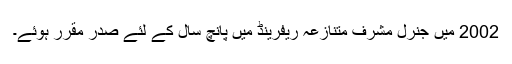
2002 میں جنرل مشرف متنازعہ ریفرینڈ میں پانچ سال کے لئے صدر مقرر ہوئے۔